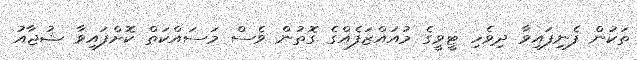
ތަކުން ފެނިފައިވާ ދިވެހި ޓީވީގެ މުއައްޒަފެއްގެ ގޮތުން ވެސް މަސައްކަތް ކޮށްފައިވާ ޝުޖާއު